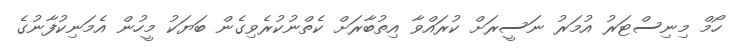
ހޯމް މިނިސްޓަރު އުމަރު ނަސީރަށް ކުރައްވާ އިތުބާރަށް ކެތްނުކުރެވިގެން ބަޔަކު މީހުން އެމަނިކުފާނުގެ